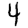
Digit: 4